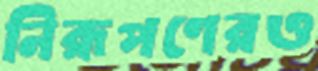
নিরূপণেরও